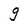
Character: g